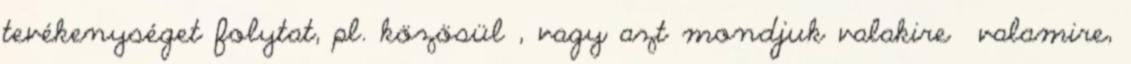
tevékenységet folytat, pl. közösül , vagy azt mondjuk valakire valamire,